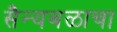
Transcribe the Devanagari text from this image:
सैन्यबळाचा